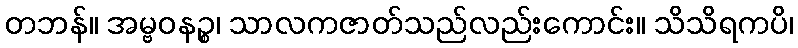
တဘန်။ အမ္ဗဝနဉ္စ၊ သာလကဇာတ်သည်လည်းကောင်း။ သိသိရကပိ၊